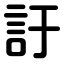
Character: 訏